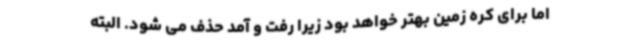
اما برای کره زمین بهتر خواهد بود زیرا رفت و آمد حذف می شود. البته